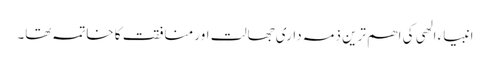
انبیاء الھی کی اھم ترین ذمہ داری جھالت اور منافقت کا خاتمہ تھا۔